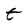
Character: t